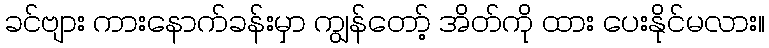
ခင်ဗျား ကားနောက်ခန်းမှာ ကျွန်တော့် အိတ်ကို ထား ပေးနိုင်မလား။